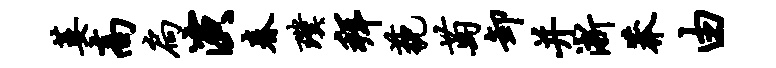
萎高扃演春璞拜藐萄卸并淅莽由